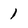
Character: 1